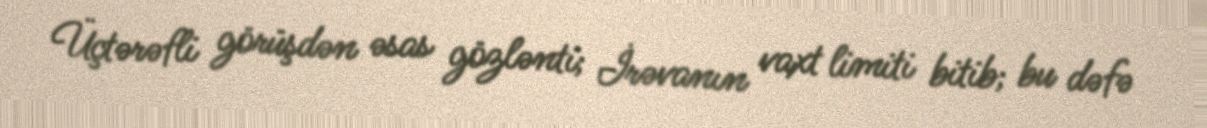
Üçtərəfli görüşdən əsas gözlənti; İrəvanın vaxt limiti bitib; bu dəfə